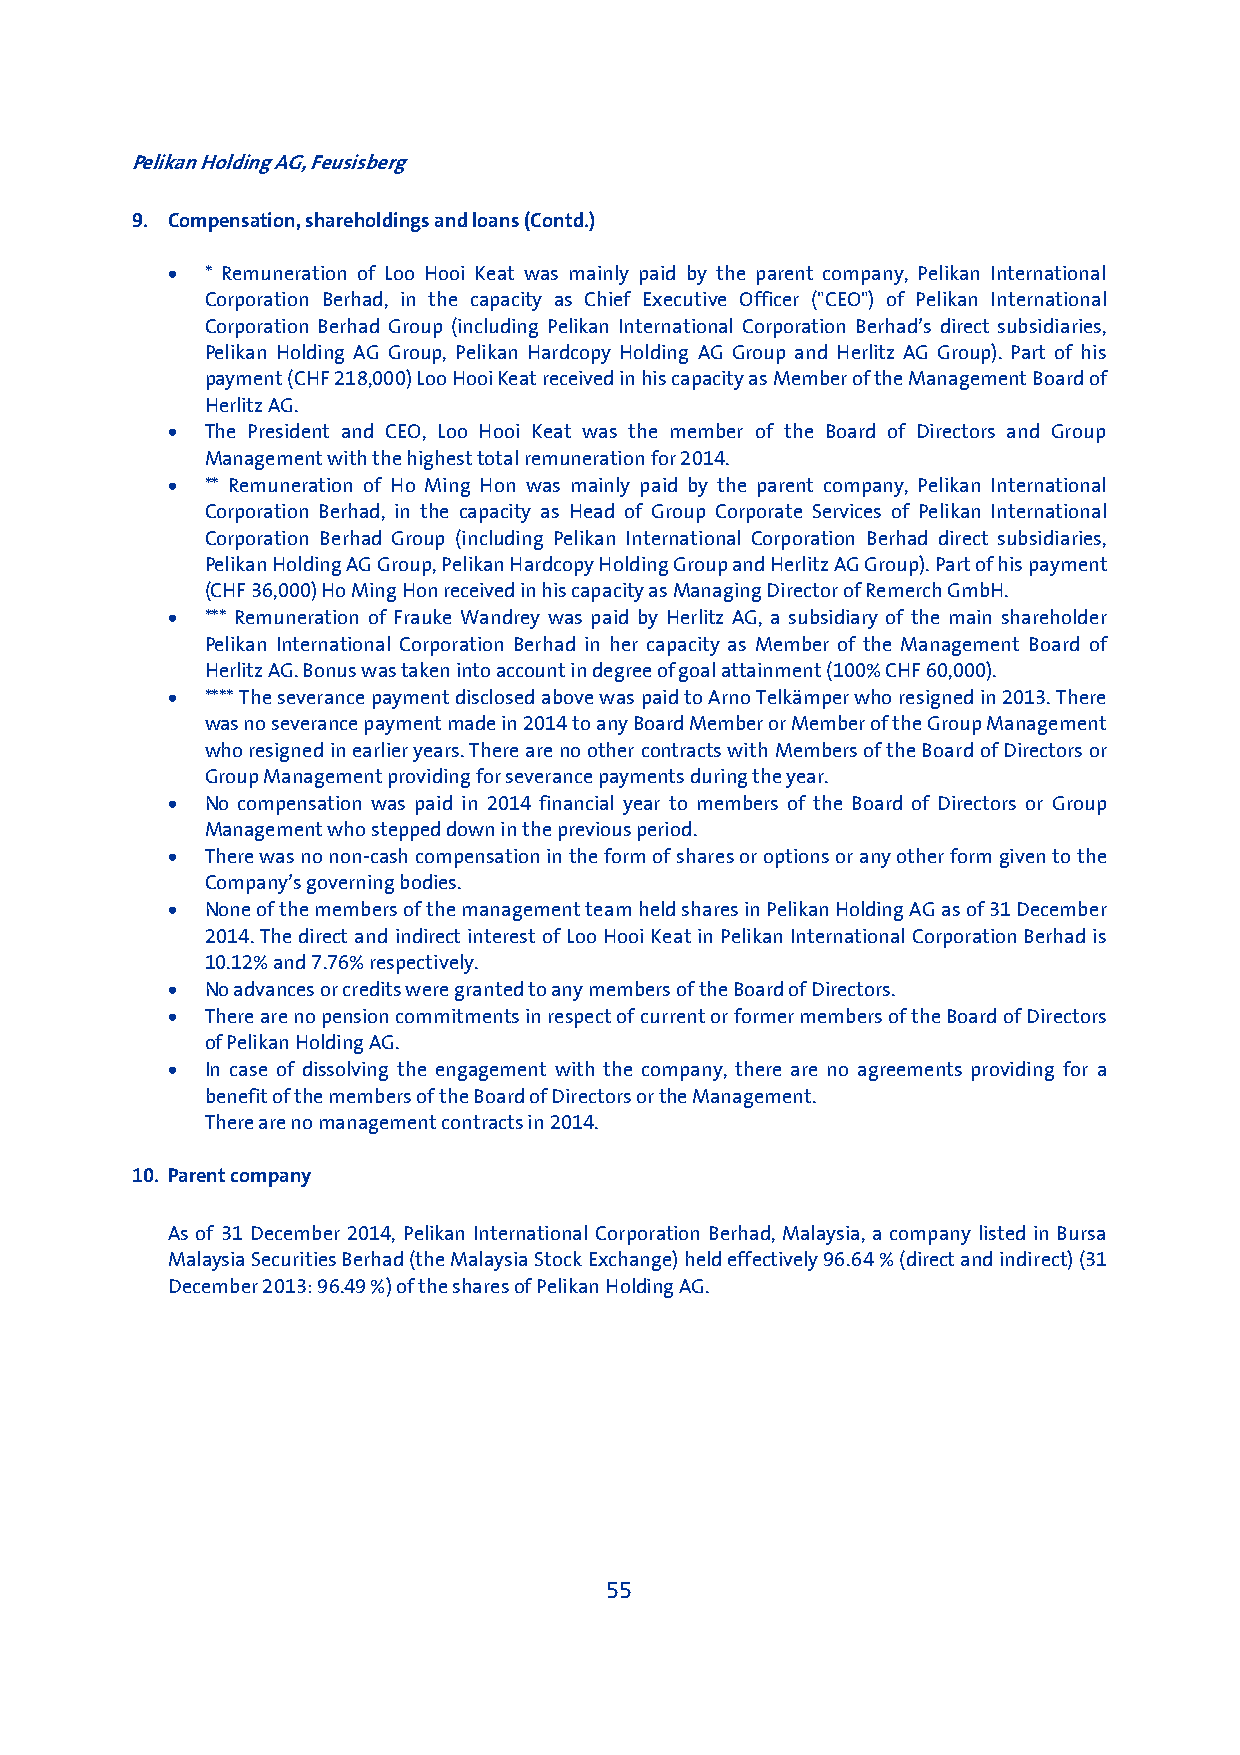
Pelikan Holding AG, Feusisberg
 9. Compensation, shareholdings and loans (Contd.)
 •  * Remuneration of Loo Hooi Keat was mainly paid by the parent company, Pelikan International
 Corporation Berhad, in the capacity as Chief Executive Officer ("CEO") of Pelikan International
 Corporation Berhad Group (including Pelikan International Corporation Berhad’s direct subsidiaries,
 Pelikan Holding AG Group, Pelikan Hardcopy Holding AG Group and Herlitz AG Group). Part of his
 payment (CHF 218,000) Loo Hooi Keat received in his capacity as Member of the Management Board of
 Herlitz AG.
 •  The President and CEO, Loo Hooi Keat was the member of the Board of Directors and Group
 Management with the highest total remuneration for 2014.
 •  ** Remuneration of Ho Ming Hon was mainly paid by the parent company, Pelikan International
 Corporation Berhad, in the capacity as Head of Group Corporate Services of Pelikan International
 Corporation Berhad Group (including Pelikan International Corporation Berhad direct subsidiaries,
 Pelikan Holding AG Group, Pelikan Hardcopy Holding Group and Herlitz AG Group). Part of his payment
 (CHF 36,000) Ho Ming Hon received in his capacity as Managing Director of Remerch GmbH.
 •  *** Remuneration of Frauke Wandrey was paid by Herlitz AG, a subsidiary of the main shareholder
 Pelikan International Corporation Berhad in her capacity as Member of the Management Board of
 Herlitz AG. Bonus was taken into account in degree of goal attainment (100% CHF 60,000).
 •  **** The severance payment disclosed above was paid to Arno Telkämper who resigned in 2013. There
 was no severance payment made in 2014 to any Board Member or Member of the Group Management
 who resigned in earlier years. There are no other contracts with Members of the Board of Directors or
 Group Management providing for severance payments during the year.
 •  No compensation was paid in 2014 financial year to members of the Board of Directors or Group
 Management who stepped down in the previous period.
 •  There was no non-cash compensation in the form of shares or options or any other form given to the
 Company’s governing bodies.
 •  None of the members of the management team held shares in Pelikan Holding AG as of 31 December
 2014. The direct and indirect interest of Loo Hooi Keat in Pelikan International Corporation Berhad is
 10.12% and 7.76% respectively.
 •  No advances or credits were granted to any members of the Board of Directors.
 •  There are no pension commitments in respect of current or former members of the Board of Directors
 of Pelikan Holding AG.
 •  In case of dissolving the engagement with the company, there are no agreements providing for a
 benefit of the members of the Board of Directors or the Management.
 There are no management contracts in 2014.
 10. Parent company
 As of 31 December 2014, Pelikan International Corporation Berhad, Malaysia, a company listed in Bursa
 Malaysia Securities Berhad (the Malaysia Stock Exchange) held effectively 96.64 % (direct and indirect) (31
 December 2013: 96.49 %) of the shares of Pelikan Holding AG.
 55